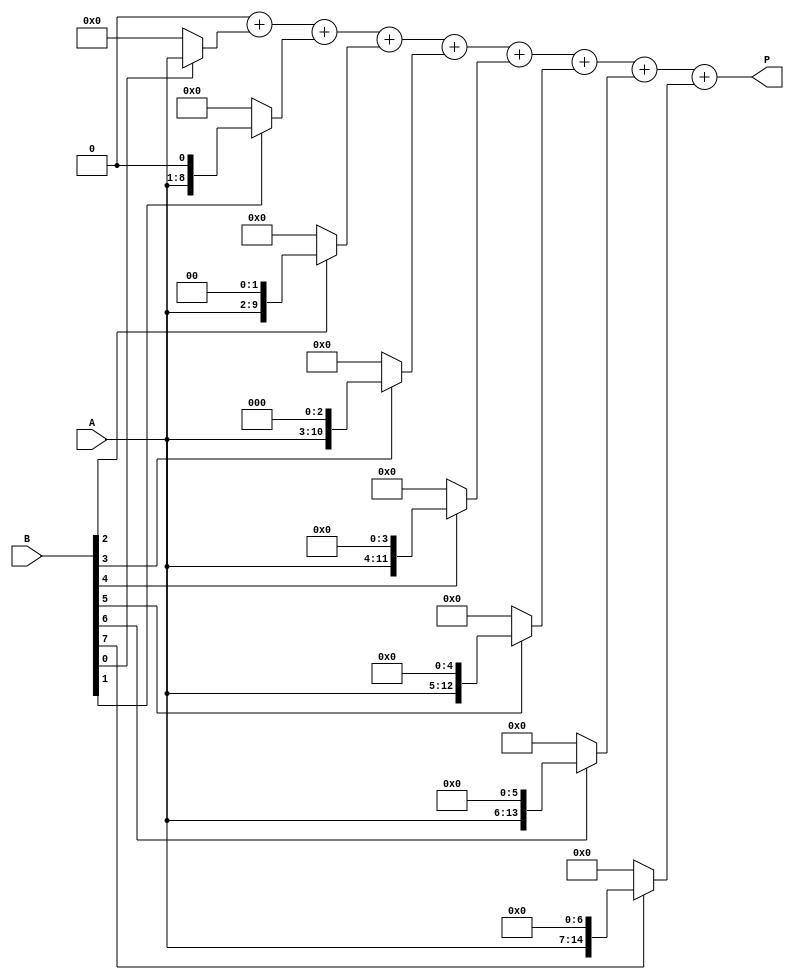
module radix2_multiplier #(
    parameter N = 8  // Bit-width of operands
)(
    input wire [N-1:0] A, // Multiplicand
    input wire [N-1:0] B, // Multiplier
    output reg [2*N-1:0] P // Product
);

    // Internal signals for partial products
    reg [2*N-1:0] partial_products [0:N-1];
    integer i;

    always @(*) begin
        // Initialize product to zero
        P = 0;

        // Generate partial products
        for (i = 0; i < N; i = i + 1) begin
            partial_products[i] = (B[i] ? A << i : 0);
            P = P + partial_products[i]; // Accumulate the partial products
        end
    end

endmodule